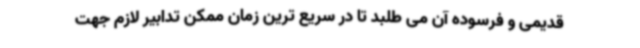
قدیمی و فرسوده آن می طلبد تا در سریع ترین زمان ممکن تدابیر لازم جهت